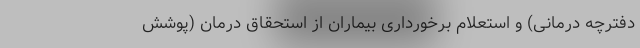
دفترچه درمانی) و استعلام برخورداری بیماران از استحقاق درمان (پوشش